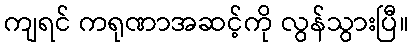
ကျရင် ကရုဏာအဆင့်ကို လွန်သွားပြီ။